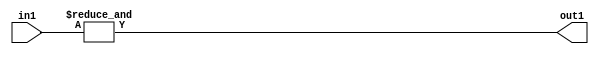
`timescale 1ps / 1ps
/*****************************************************************************
    Verilog RTL Description
    
    
    Created by: Stratus DpOpt 2019.1.01 
*******************************************************************************/

module feature_write_addr_gen_Eqi7u3_4_1 (
	in1,
	out1
	); /* architecture "behavioural" */ 
input [2:0] in1;
output  out1;
wire  asc001;

assign asc001 = 
	(&in1);

assign out1 = asc001;
endmodule

/* CADENCE  urb1Swk= : u9/ySgnWtBlWxVPRXgAZ4Og= ** DO NOT EDIT THIS LINE ******/